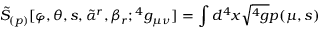
{ \tilde { S } } _ { ( p ) } [ \varphi , \theta , s , { \tilde { \alpha } } ^ { r } , \beta _ { r } ; { } ^ { 4 } g _ { \mu \nu } ] = \int d ^ { 4 } x \sqrt { { } ^ { 4 } g } p ( \mu , s )